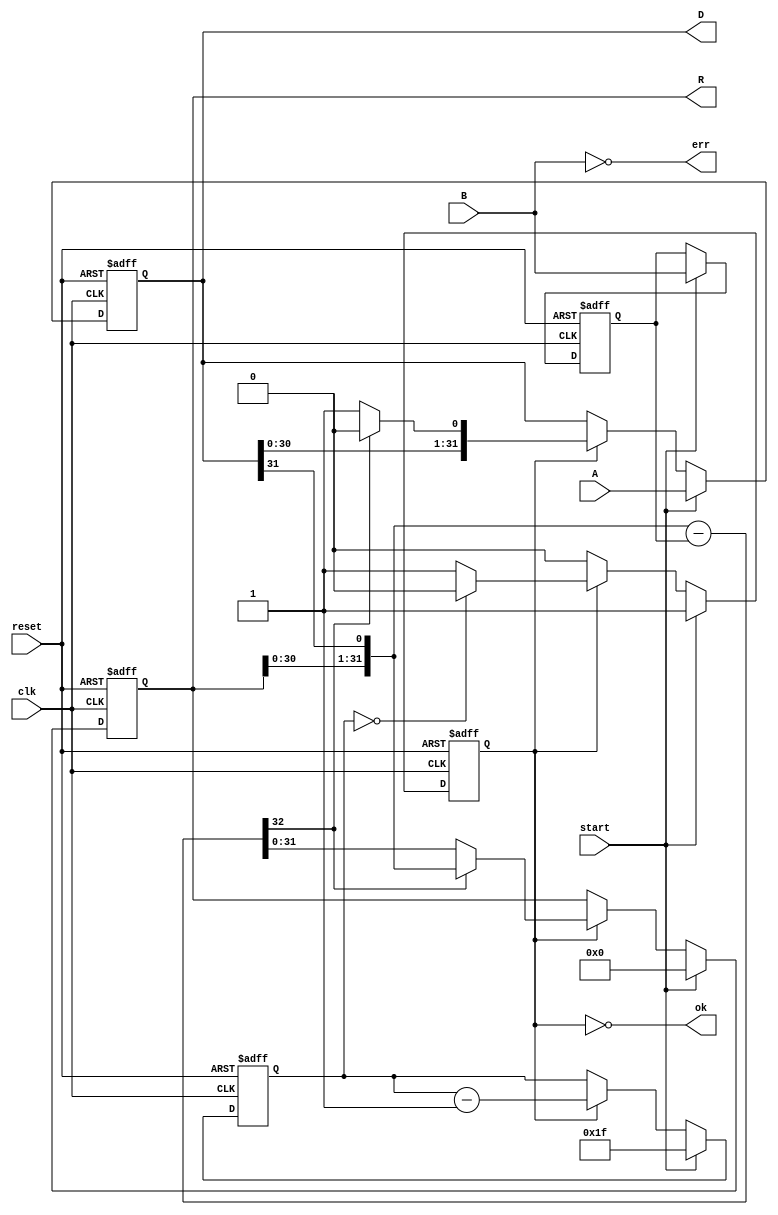
module division(  
   input      clk,  
   input      reset,  
   input      start,  
   input [31:0]  A,  //Dividend
   input [31:0]  B,  //Divisor
   output [31:0]  D,  //Quotient 
   output [31:0]  R,  //Remainder
   output     ok ,   // =1 when ready to get the result   
   output err  
   );  
   reg       active;   // True if the divider is running  
   reg [4:0]    cycle;   // Number of cycles to go  
   reg [31:0]   result;   // Begin with A, end with D  
   reg [31:0]   denom;   // B  
   reg [31:0]   work;    // Running Remainder 
   
   wire [32:0]   sub = { work[30:0], result[31] } - denom;  // subtracting the shifted value of A from the divisor
   assign err = !B;  //if B is all 1's you have entered the DANGERZONE

   assign D = result;  
   assign R = work;  
   assign ok = ~active;
   
   // The state machine  
   always @(posedge clk,posedge reset) begin  
     if (reset) begin  
       active <= 0;  
       cycle <= 0;  
       result <= 0;  
       denom <= 0;  
       work <= 0;  
     end  
     else if(start) begin  
      // Initialization for divide 
         cycle <= 5'd31;  
         result <= A;  
         denom <= B;  
         work <= 32'b0;  
         active <= 1;  
      end
      else if (active) begin  
         // Run an iteration of the divide.  
         if (sub[32] == 0) begin  
           work <= sub[31:0];               // sets A to it's subtracted value
           result <= {result[30:0], 1'b1};  //shifts Q reg place 1
         end  
         else begin  
           work <= {work[30:0], result[31]};  //else just shift
           result <= {result[30:0], 1'b0};    //place 0 in result (shifted) 
         end  
         if (cycle == 0) begin  
           active <= 0;  
         end  
         cycle <= cycle - 5'd1;  
       end  
     end  
 endmodule